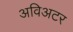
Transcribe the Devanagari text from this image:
अविअटर